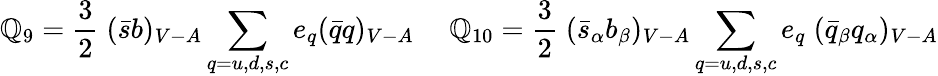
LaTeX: \mathbb{Q}_{9}={\frac{{3}}{{2}}}\; (\bar{{s}}b)_{V-A}\sum_{q=u,d,s,c}e_{q}(\bar{{q}}q)_{V-A}{}~~~~~\mathbb{Q}_{10}={\frac{{3}}{{2}}}\; (\bar{{s}}_{\alpha}b_{\beta})_{V-A}\sum_{q=u,d,s,c}e_{q}\; (\bar{{q}}_{\beta}q_{\alpha})_{V-A}